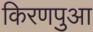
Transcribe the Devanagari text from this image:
किरणपुआ